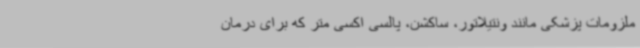
ملزومات پزشکی مانند ونتیلاتور، ساکشن، پالسی اکسی متر که برای درمان